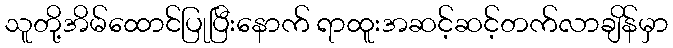
သူတို့အိမ်ထောင်ပြုပြီးနောက် ရာထူးအဆင့်ဆင့်တက်လာချိန်မှာ